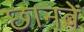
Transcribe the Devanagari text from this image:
छानबें